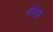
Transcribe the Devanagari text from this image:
लेपिडस